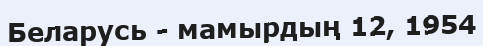
Беларусь - мамырдың 12, 1954